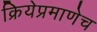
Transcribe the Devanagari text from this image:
क्रियेप्रमाणेच